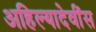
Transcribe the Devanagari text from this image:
अहिल्यादेवींस